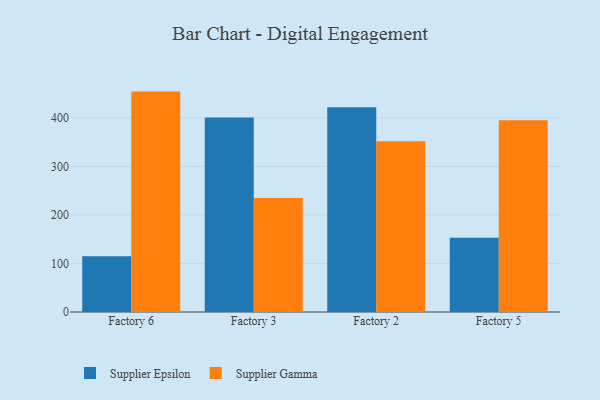
{"axis": {"x": "Factory", "y": "Backlog"}, "legend": ["Supplier Epsilon", "Supplier Gamma"], "data": [{"x": "Factory 6", "y": 114.9, "type": "Supplier Epsilon"}, {"x": "Factory 6", "y": 454.0, "type": "Supplier Gamma"}, {"x": "Factory 3", "y": 400.6, "type": "Supplier Epsilon"}, {"x": "Factory 3", "y": 234.9, "type": "Supplier Gamma"}, {"x": "Factory 2", "y": 421.8, "type": "Supplier Epsilon"}, {"x": "Factory 2", "y": 351.7, "type": "Supplier Gamma"}, {"x": "Factory 5", "y": 153.0, "type": "Supplier Epsilon"}, {"x": "Factory 5", "y": 395.0, "type": "Supplier Gamma"}]}